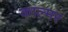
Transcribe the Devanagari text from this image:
काल्मर